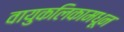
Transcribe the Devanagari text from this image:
वायुकलिकामधून